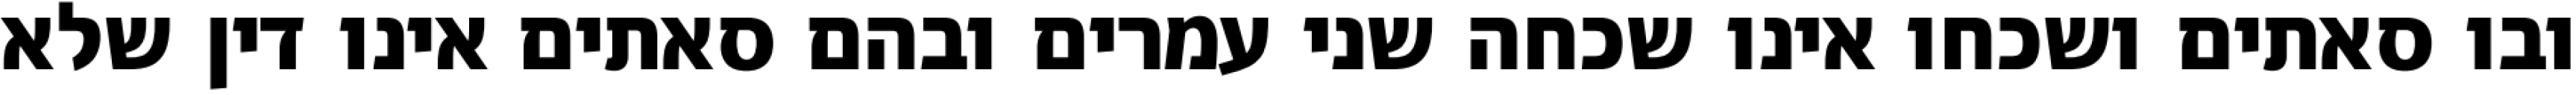
ובו סאתים ושכחו אינו שכחה שני עמרים ובהם סאתים אינו דין שלא